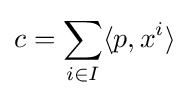
c=\sum _{i\in I}\langle p,x^{i}\rangle